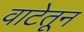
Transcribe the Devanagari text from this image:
वाटेतून